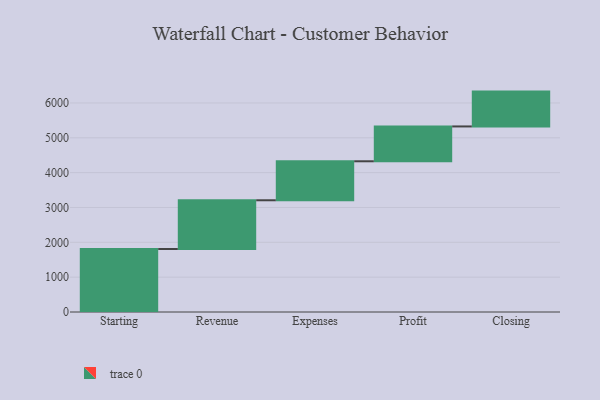
{"axis": {"x": "Step", "y": "Value"}, "legend": [""], "data": [{"x": "Starting", "y": 1808.0, "type": ""}, {"x": "Revenue", "y": 1399.0, "type": ""}, {"x": "Expenses", "y": 1119.0, "type": ""}, {"x": "Profit", "y": 1000, "type": ""}, {"x": "Closing", "y": 1000, "type": ""}]}